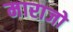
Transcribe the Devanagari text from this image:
माराजो